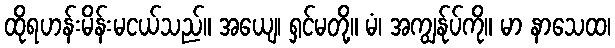
ထိုရဟန်းမိန်းမငယ်သည်။ အယျေ၊ ရှင်မတို့။ မံ၊ အကျွန်ုပ်ကို။ မာ နာသေထ၊